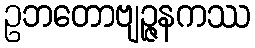
ဥဘတောဗျဉ္ဇနကဿ